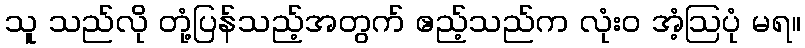
သူ သည်လို တုံ့ပြန်သည့်အတွက် ဧည့်သည်က လုံးဝ အံ့ဩပုံ မရ။